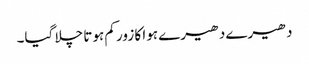
دھیرے دھیرے ہوا کا زور کم ہوتا چلا گیا۔